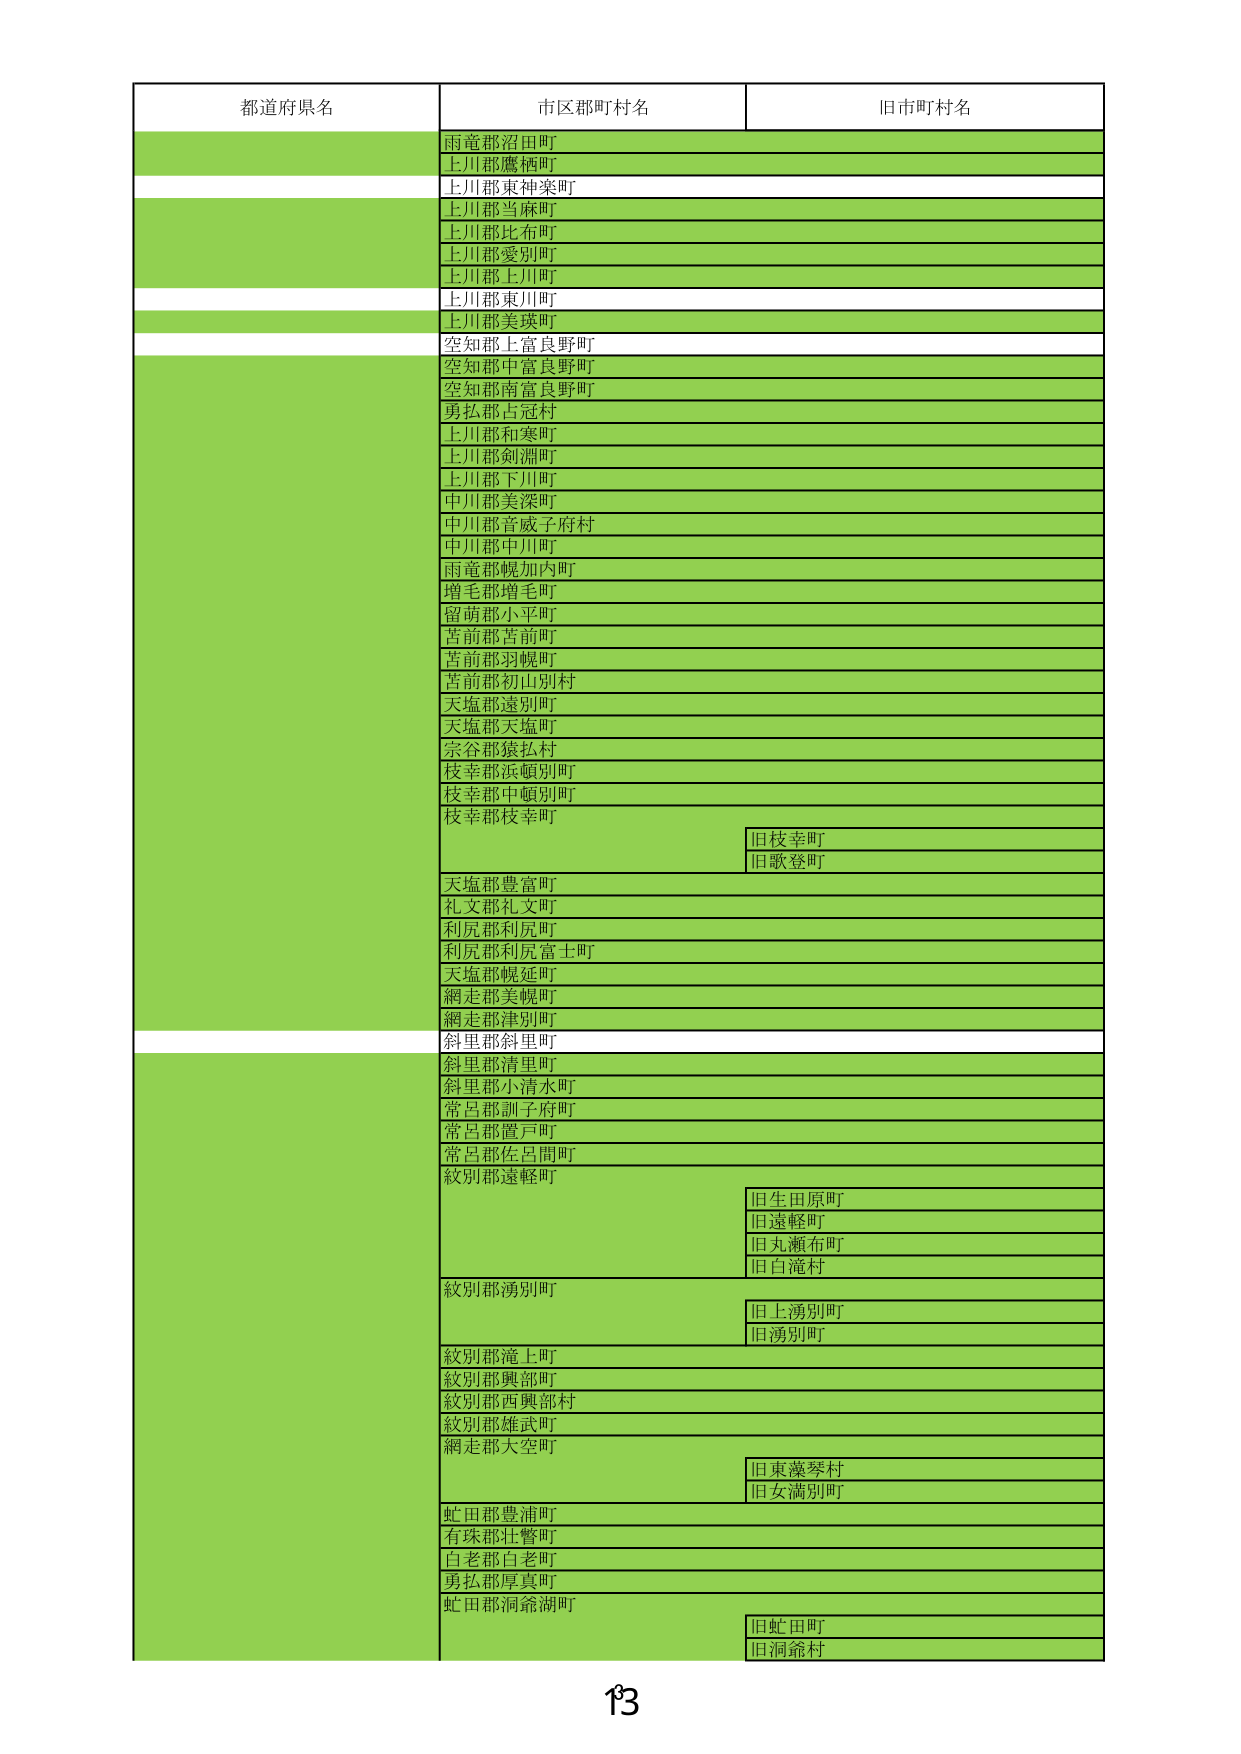
都道府県名 市区郡町村名 旧市町村名
雨竜郡沼田町
上川郡鷹栖町
上川郡東神楽町
上川郡当麻町
上川郡比布町
上川郡愛別町
上川郡上川町
上川郡東川町
上川郡美瑛町
空知郡上富良野町
空知郡中富良野町
空知郡南富良野町
勇払郡占冠村
上川郡和寒町
上川郡剣淵町
上川郡下川町
中川郡美深町
中川郡音威子府村
中川郡中川町
雨竜郡幌加内町
増毛郡増毛町
留萌郡小平町
苫前郡苫前町
苫前郡羽幌町
苫前郡初山別村
天塩郡遠別町
天塩郡天塩町
宗谷郡猿払村
枝幸郡浜頓別町
枝幸郡中頓別町
枝幸郡枝幸町
旧枝幸町
旧歌登町
天塩郡豊富町
礼文郡礼文町
利尻郡利尻町
利尻郡利尻富士町
天塩郡幌延町
網走郡美幌町
網走郡津別町
斜里郡斜里町
斜里郡清里町
斜里郡小清水町
常呂郡訓子府町
常呂郡置戸町
常呂郡佐呂間町
紋別郡遠軽町
旧生田原町
旧遠軽町
旧丸瀬布町
旧白滝村
紋別郡湧別町
旧上湧別町
旧湧別町
紋別郡滝上町
紋別郡興部町
紋別郡西興部村
紋別郡雄武町
網走郡大空町
旧東藻琴村
旧女満別町
虻田郡豊浦町
有珠郡壮瞥町
白老郡白老町
勇払郡厚真町
虻田郡洞爺湖町
旧虻田町
旧洞爺村
13